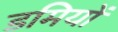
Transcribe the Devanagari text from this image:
डमियों